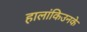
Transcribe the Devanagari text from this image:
हालांकिउनके